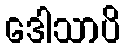
ဒေါသာပိ